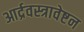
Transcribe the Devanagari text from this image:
आर्द्रवस्त्रावेष्टन